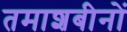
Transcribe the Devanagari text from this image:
तमाशबीनों